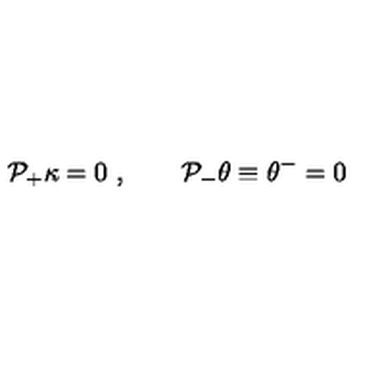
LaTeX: { \cal P } _ { + } \kappa = 0 \ , \qquad { \cal P } _ { - } \theta \equiv \theta ^ { - } = 0